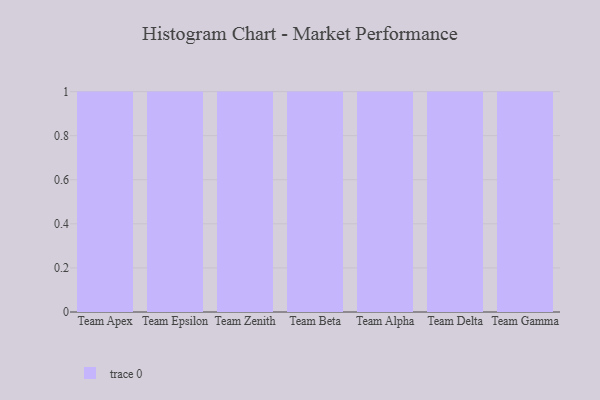
{"axis": {"x": "Team", "y": "Inventory Turnover"}, "legend": [""], "data": [{"x": "Team Apex", "y": 71, "type": ""}, {"x": "Team Epsilon", "y": 70, "type": ""}, {"x": "Team Zenith", "y": 95, "type": ""}, {"x": "Team Beta", "y": 81, "type": ""}, {"x": "Team Alpha", "y": 1, "type": ""}, {"x": "Team Delta", "y": 7, "type": ""}, {"x": "Team Gamma", "y": 93, "type": ""}]}